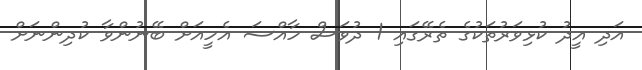
އަދި އީދު ކުޅިވަރުތަކުގެ ތެރޭގައި 1 ދުވަސް ހާއްސަ އެހީއަށް ބޭނުންވާ ކުދިންނަށް